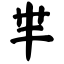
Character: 芈